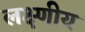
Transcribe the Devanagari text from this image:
लक्ष्णीय